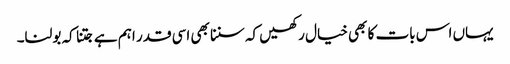
یہاں اس بات کا بھی خیال رکھیں کہ سننا بھی اسی قدر اہم ہے جتنا کہ بولنا۔